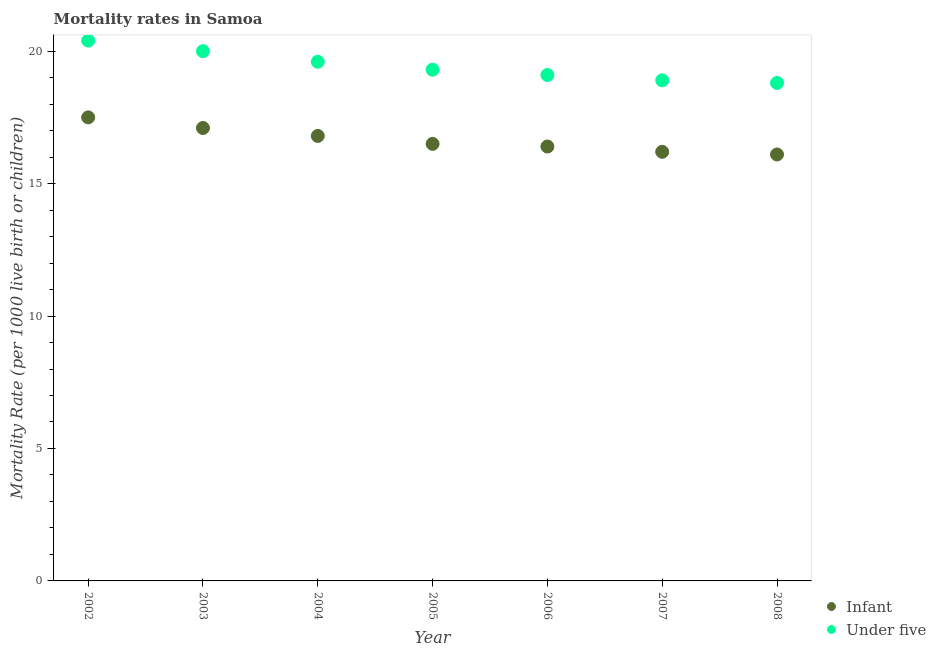
| Year | Infant | Under five |
 | --- | --- | --- |
 | 2002 | 17.5 | 20.4 |
 | 2003 | 17.1 | 20 |
 | 2004 | 16.8 | 19.6 |
 | 2005 | 16.5 | 19.3 |
 | 2006 | 16.4 | 19.1 |
 | 2007 | 16.2 | 18.9 |
 | 2008 | 16.1 | 18.8 |